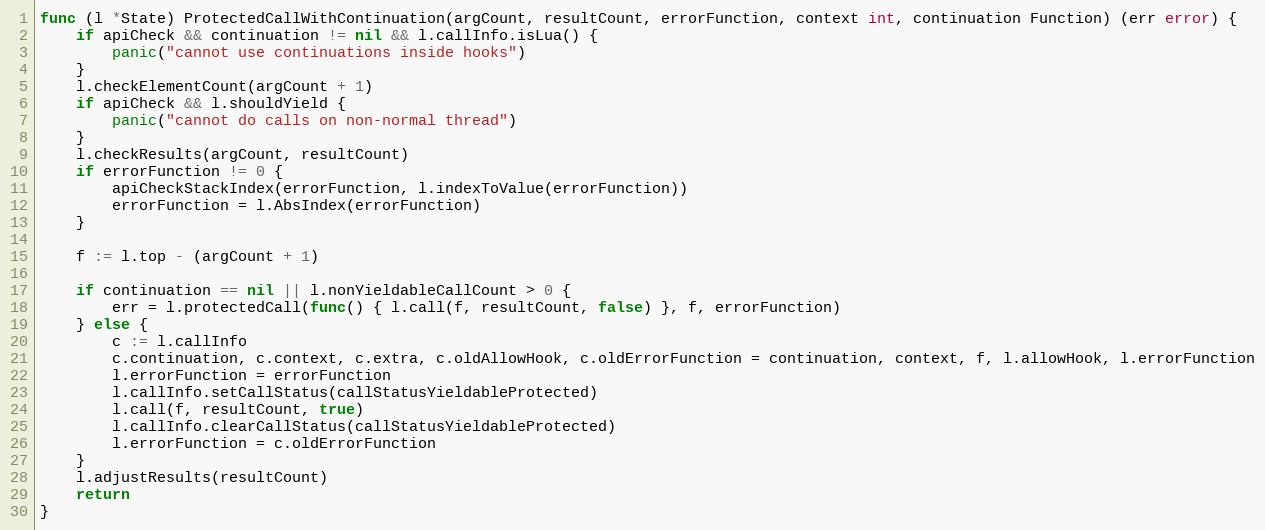
Language: Go
func (l *State) ProtectedCallWithContinuation(argCount, resultCount, errorFunction, context int, continuation Function) (err error) {
	if apiCheck && continuation != nil && l.callInfo.isLua() {
		panic("cannot use continuations inside hooks")
	}
	l.checkElementCount(argCount + 1)
	if apiCheck && l.shouldYield {
		panic("cannot do calls on non-normal thread")
	}
	l.checkResults(argCount, resultCount)
	if errorFunction != 0 {
		apiCheckStackIndex(errorFunction, l.indexToValue(errorFunction))
		errorFunction = l.AbsIndex(errorFunction)
	}

	f := l.top - (argCount + 1)

	if continuation == nil || l.nonYieldableCallCount > 0 {
		err = l.protectedCall(func() { l.call(f, resultCount, false) }, f, errorFunction)
	} else {
		c := l.callInfo
		c.continuation, c.context, c.extra, c.oldAllowHook, c.oldErrorFunction = continuation, context, f, l.allowHook, l.errorFunction
		l.errorFunction = errorFunction
		l.callInfo.setCallStatus(callStatusYieldableProtected)
		l.call(f, resultCount, true)
		l.callInfo.clearCallStatus(callStatusYieldableProtected)
		l.errorFunction = c.oldErrorFunction
	}
	l.adjustResults(resultCount)
	return
}